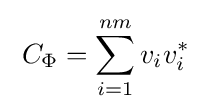
\;C_{\Phi }=\sum _{i=1}^{nm}v_{i}v_{i}^{*}